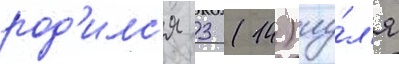
род'илс'я 3 (14) иу́л'я